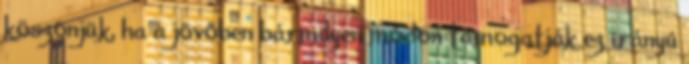
köszönjük, ha a jövőben bármilyen módon támogatják ez irányú